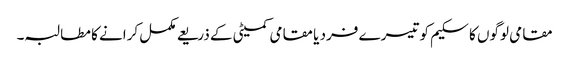
مقامی لوگوں کا سکیم کو تیسرے فرد یا مقامی کمیٹی کے ذریعے مکمل کرانے کا مطالبہ۔